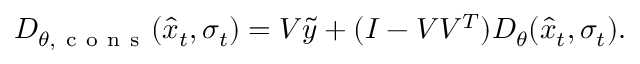
D _ { \theta , \mathrm { ~ c ~ o ~ n ~ s ~ } } ( \hat { x } _ { t } , \sigma _ { t } ) = V \tilde { y } + ( I - V V ^ { T } ) D _ { \theta } ( \hat { x } _ { t } , \sigma _ { t } ) .